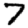
Digit: 7